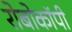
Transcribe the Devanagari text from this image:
रोबोकॉपी